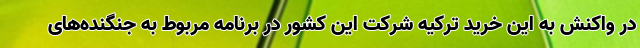
در واکنش به این خرید ترکیه شرکت این کشور در برنامه مربوط به جنگنده‌های